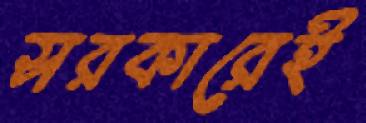
সরকারেই